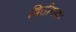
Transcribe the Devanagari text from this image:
द्वितीयकः